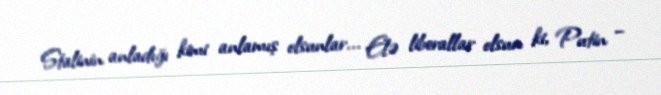
Stalinin anladığı kimi anlamış olsunlar... Elə liberallar olsun ki, Putin –